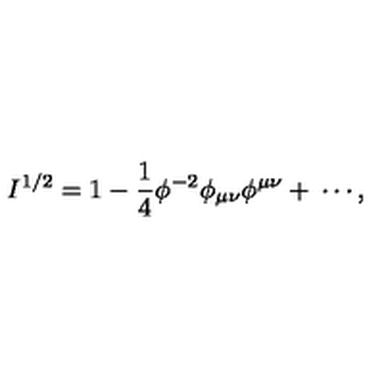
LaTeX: I ^ { 1 / 2 } = 1 - \frac { 1 } { 4 } \phi ^ { - 2 } \phi _ { \mu \nu } \phi ^ { \mu \nu } + \: \cdots ,